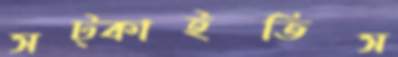
সট্‌কাইতিস